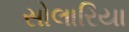
સોલારિયા